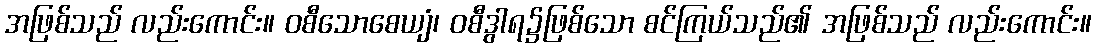
အဖြစ်သည် လည်းကောင်း။ ဝစီသောစေယျံ၊ ဝစီဒွါရ၌ဖြစ်သော စင်ကြယ်သည်၏ အဖြစ်သည် လည်းကောင်း။